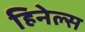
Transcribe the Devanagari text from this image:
हिनेल्स